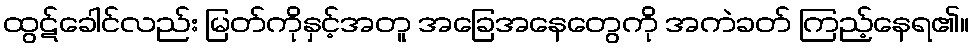
ထွဋ်ခေါင်လည်း မြတ်ကိုနှင့်အတူ အခြေအနေတွေကို အကဲခတ် ကြည့်နေရ၏။